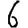
Digit: 6